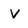
Character: V